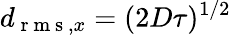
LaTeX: d_{\mathrm{~r~m~s~},x}=(2D\tau)^{1/2}